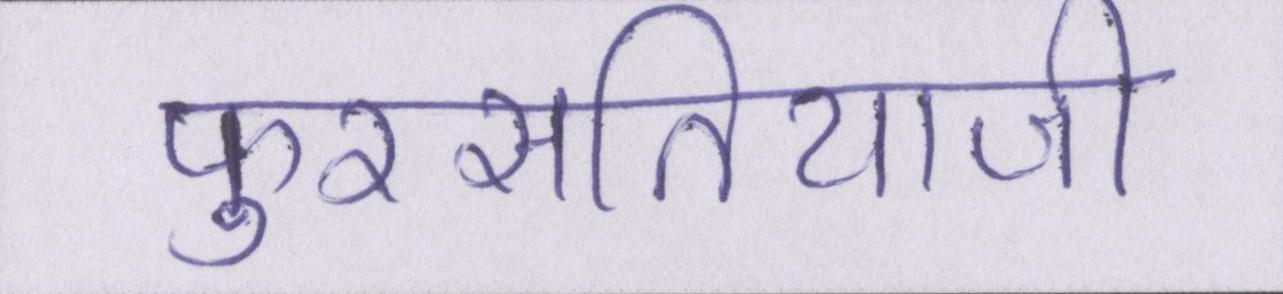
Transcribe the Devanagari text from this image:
फुरसतियाजी